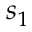
s _ { 1 }